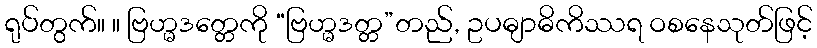
ရုပ်တွက်။ ။ ဗြဟ္မဒတ္တေကို “ဗြဟ္မဒတ္တ”တည်, ဥပဓျာဓိကိဿရ ဝစနေသုတ်ဖြင့်